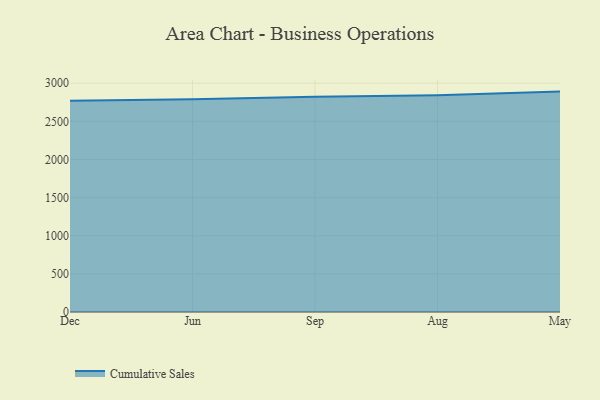
{"axis": {"x": "Month", "y": "Production Output"}, "legend": ["Cumulative Sales"], "data": [{"x": "Dec", "y": 2770.1, "type": "Cumulative Sales"}, {"x": "Jun", "y": 2790.6, "type": "Cumulative Sales"}, {"x": "Sep", "y": 2821.5, "type": "Cumulative Sales"}, {"x": "Aug", "y": 2843.9, "type": "Cumulative Sales"}, {"x": "May", "y": 2890.3, "type": "Cumulative Sales"}]}